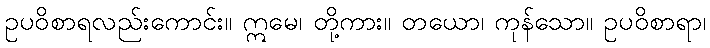
ဥပဝိစာရလည်းကောင်း။ ဣမေ၊ တို့ကား။ တယော၊ ကုန်သော။ ဥပဝိစာရာ၊